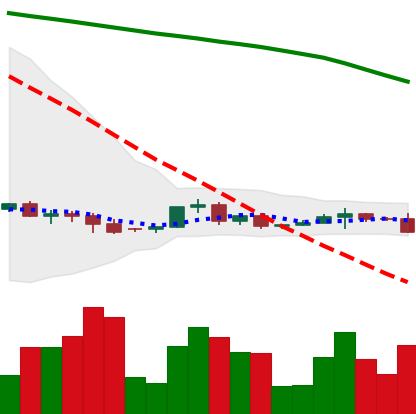
Ticker: XRP-USD
Chart end date: 2022-06-10
Forward return: -9.963%
Label: down_7plus